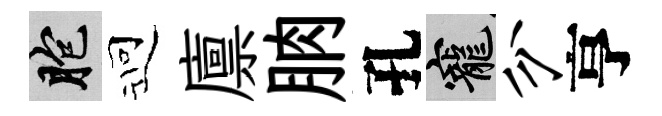
胞迎廪朒孔寵分亨